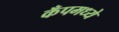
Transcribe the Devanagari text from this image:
कँपमध्ये